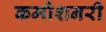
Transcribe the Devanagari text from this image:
कमीशनरी